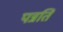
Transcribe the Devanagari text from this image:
पन्नति